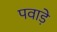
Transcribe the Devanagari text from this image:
पवाड़े